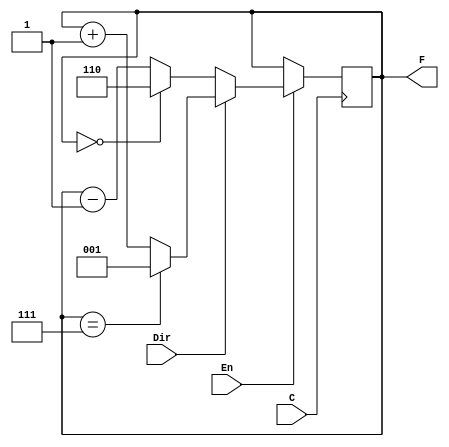
module counter(C, Dir, En, F);
	input C, Dir, En;
	output [2:0] F;
	reg [2:0] temp;
	
	always @(posedge C)
		begin 
			if (En == 0)
				temp = F;
			else if (En == 1) 
				begin
					if (Dir == 1)
						if (temp == 3'b111)
							temp = 3'b001;
						else
							temp = temp + 1;
					else if (Dir == 0)
						if (temp == 3'b000)
							temp = 3'b110;
						else 
							temp = temp - 1;
				end
		end 
	assign F = temp;
endmodule